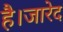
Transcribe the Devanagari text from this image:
है।जारेद